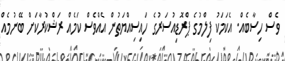
ވެސް ހިސާބެއް. އެކަމަކު ފިލްމުގެ ޕްރޮޑިއުސަރުގެ ހައިސިއްޔަތުން އެއްވެސް ކަމެއް ރަޝްކުރާކަށް ބޭނުމެއް